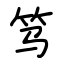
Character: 笃